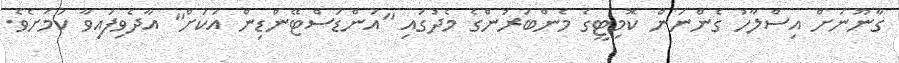
ގާނޫނަށް އިސްލާހު ގެންނަން ކޮމިޓީގެ މެންބަރުންގެ މެދުގައި "އަންޑަސްޓޭންޑިން އަކަށް" އާދެވިފައިވާ ކަމަށެވެ.